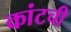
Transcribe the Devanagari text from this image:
कांटची